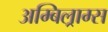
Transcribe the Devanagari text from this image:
अम्बिल्राम्स